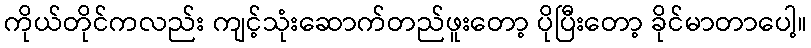
ကိုယ်တိုင်ကလည်း ကျင့်သုံးဆောက်တည်ဖူးတော့ ပိုပြီးတော့ ခိုင်မာတာပေါ့။